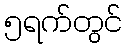
၅ရက်တွင်